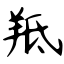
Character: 羝